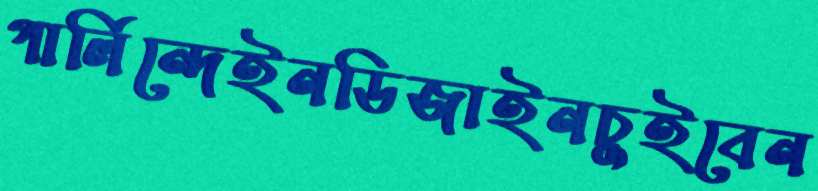
গার্লিন্দেইনডিজাইনচুইবেন